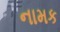
નામક